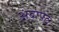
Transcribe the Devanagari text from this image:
अंबापेठ